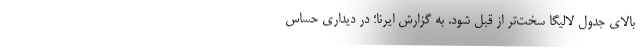
بالای جدول لالیگا سخت‌تر از قبل شود. به گزارش ایرنا؛ در دیداری حساس